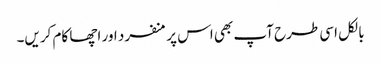
بالکل اسی طرح آپ بھی اس پر منفرد اور اچھا کام کریں۔